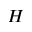
H